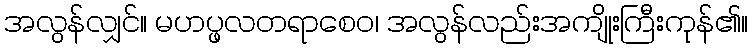
အလွန်လျှင်။ မဟပ္ဖလတရာစေဝ၊ အလွန်လည်းအကျိုးကြီးကုန်၏။